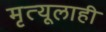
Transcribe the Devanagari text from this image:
मृत्यूलाही